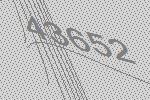
43652